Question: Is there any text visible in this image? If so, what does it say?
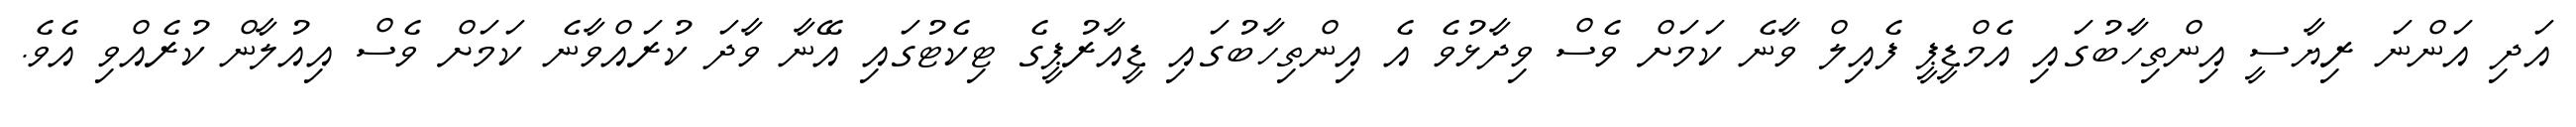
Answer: އަދި އަންނަ ރިޔާސީ އިންތިހާބުގައި އެމްޑީޕީ ފެއިލް ވާނެ ކަމަށް ވެސް ވިދާޅުވެ އެ އިންތިހާބުގައި ޑީއާރުޕީގެ ޓިކެޓުގައި އޭނާ ވާދަ ކުރައްވާނެ ކަމަށް ވެސް އިއުލާން ކުރެއްވި އެވެ.